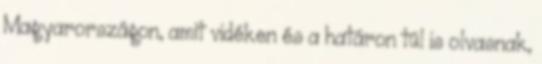
Magyarországon, amit vidéken és a határon túl is olvasnak,